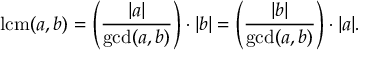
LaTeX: \operatorname { l c m } ( a , b ) = \left( { \frac { | a | } { \operatorname* { g c d } ( a , b ) } } \right) \cdot | b | = \left( { \frac { | b | } { \operatorname* { g c d } ( a , b ) } } \right) \cdot | a | .